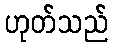
ဟုတ်သည်